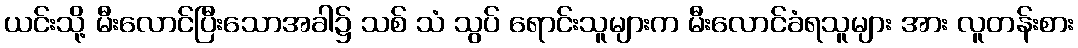
ယင်းသို့ မီးလောင်ပြီးသောအခါ၌ သစ် သံ သွပ် ရောင်းသူများက မီးလောင်ခံရသူများ အား လူတန်းစား